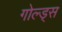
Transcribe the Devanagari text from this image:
गोल्ड्स